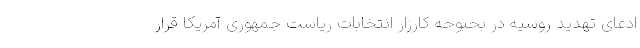
ادعای تهدید روسیه در بحبوحه کارزار انتخابات ریاست جمهوری آمریکا قرار